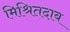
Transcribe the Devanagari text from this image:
मिश्रितदाब